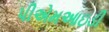
પીએમઆઇડી